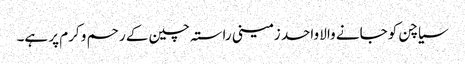
سیاچن کو جانے والا واحد زمینی راستہ چین کے رحم و کرم پر ہے۔